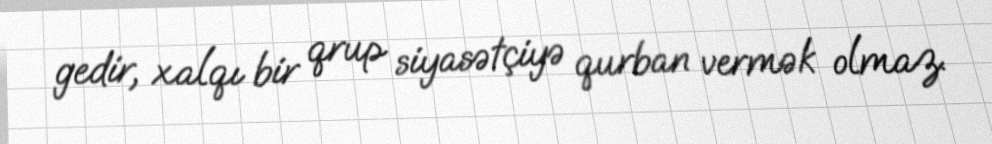
gedir, xalqı bir qrup siyasətçiyə qurban vermək olmaz.